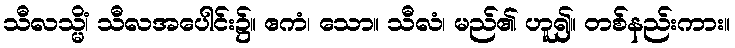
သီလသ္မိံ၊ သီလအပေါင်း၌။ ဧကံ၊ သော။ သီလံ၊ မည်၏ ဟူ၍။ တစ်နည်းကား။